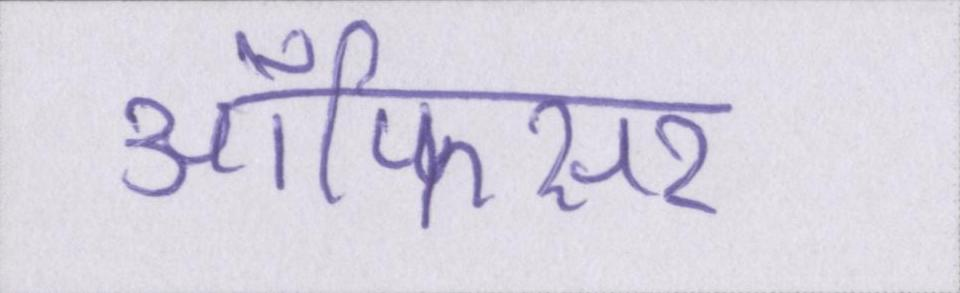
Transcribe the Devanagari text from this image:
ऑफिसर